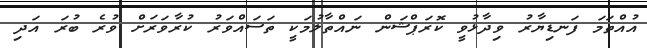
އުއްތަމަ ފަނޑިޔާރު ވިދާޅުވީ ކޮރަޕްޝަން ނައްތާލުމަކީ ތަސައްވަރު ކުރާވަރަށް ވުރެ ބުރަ އަދި